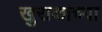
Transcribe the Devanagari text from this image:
खुराकाच्या